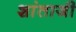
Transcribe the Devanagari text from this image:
शांताजी